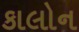
કાલોન